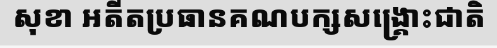
សុខា អតីតប្រធានគណបក្សសង្គ្រោះជាតិ